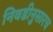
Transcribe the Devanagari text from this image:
निवडीनुसारच